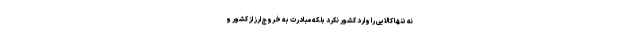
نه تنها کالایی را وارد کشور نکرد بلکه مبادرت به خروج ارز از کشور و